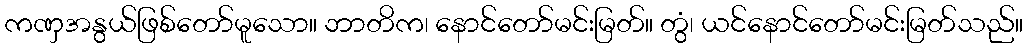
ကဏှအနွယ်ဖြစ်တော်မူသော။ ဘာတိက၊ နောင်တော်မင်းမြတ်။ တွံ၊ ယင်နောင်တော်မင်းမြတ်သည်။